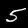
Label: 5